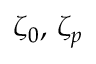
\zeta _ { 0 } , \, \zeta _ { p }